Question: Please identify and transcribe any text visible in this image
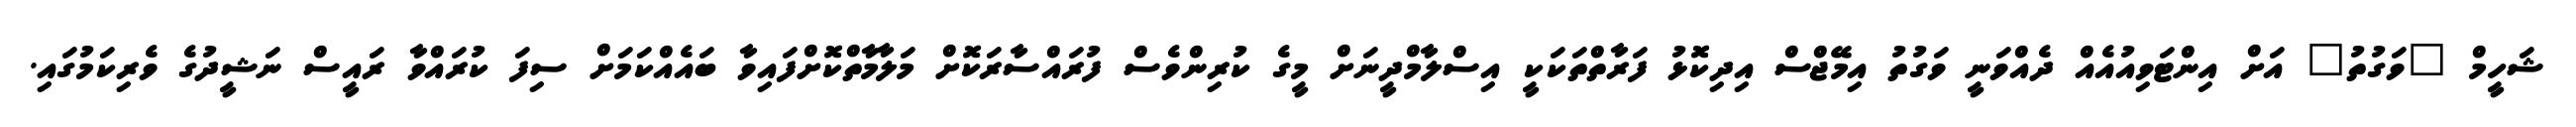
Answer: ޝަހީމް "ވަގުތު" އަށް އިންޓަވިއުއެއް ދެއްވަނީ ވަގުތު އިމޭޖްސް އިދިކޮޅު ފަރާތްތަކަކީ އިސްލާމްދީނަށް މީގެ ކުރިންވެސް ފުރައްސާރަކޮށް މަލާމާތްކޮށްފައިވާ ބައެއްކަމަށް ސިފަ ކުރައްވާ ރައީސް ނަޝީދުގެ ވެރިކަމުގައި.